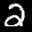
Label: 2